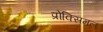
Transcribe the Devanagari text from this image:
प्रोक्सिमल